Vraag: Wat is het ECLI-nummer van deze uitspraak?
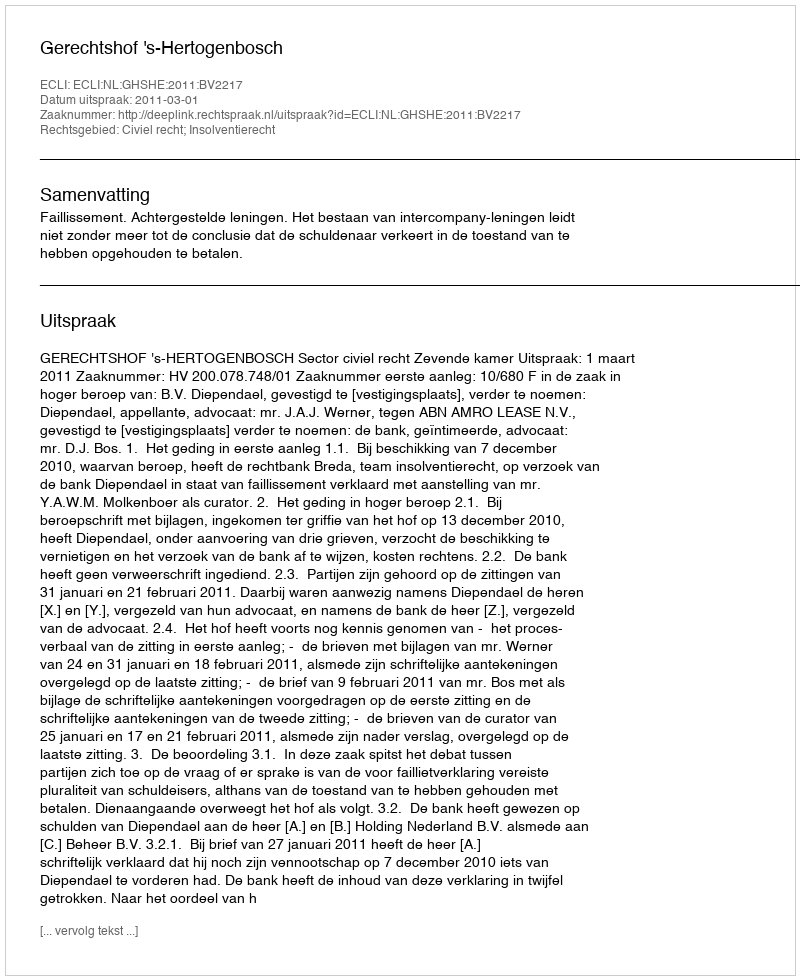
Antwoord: ECLI:NL:GHSHE:2011:BV2217